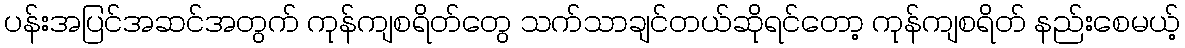
ပန်းအပြင်အဆင်အတွက် ကုန်ကျစရိတ်တွေ သက်သာချင်တယ်ဆိုရင်တော့ ကုန်ကျစရိတ် နည်းစေမယ့်